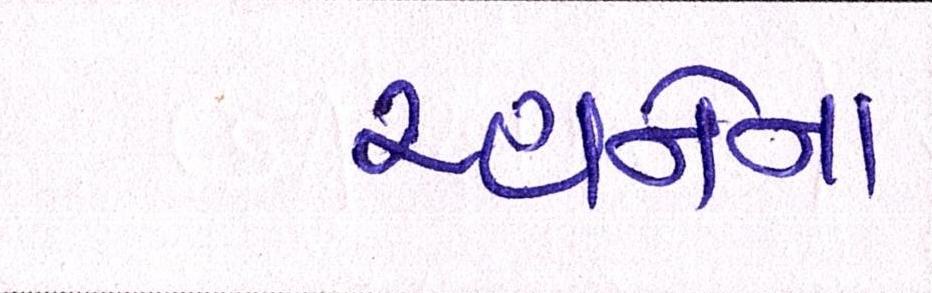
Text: રહાનેના